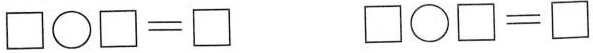
$$\Box \circ \Box = \Box$$ $$\Box \circ \Box = \Box$$